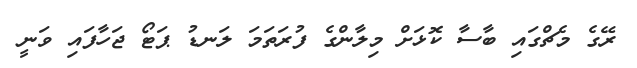
ރޭގެ މެޗްގައި ބާސާ ކޮޅަށް މިލާންގެ ފުރަތަމަ ލަނޑު ޕަޓޯ ޖަހާފައި ވަނީ